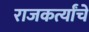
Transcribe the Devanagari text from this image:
राजकर्त्यांचे